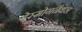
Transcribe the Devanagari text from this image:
डेस्मोगनैथस